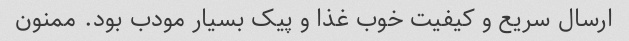
ارسال سریع و کیفیت خوب غذا و پیک بسیار مودب بود. ممنون